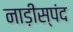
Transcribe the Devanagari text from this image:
नाड़ीस्पंद